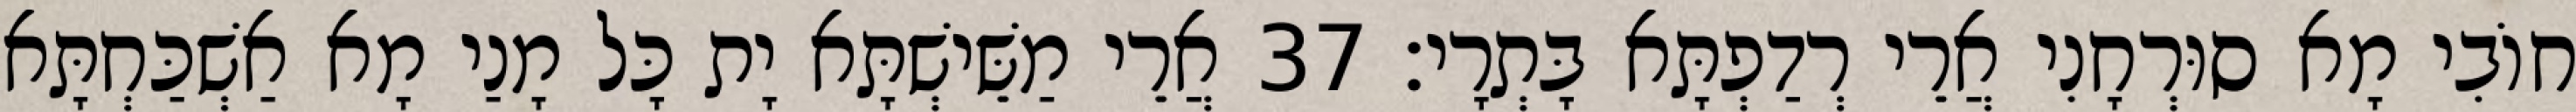
חוֹבִי מָא סוּרְחָנִי אֲרֵי רְדַפְתָּא בָּתְרָי׃ 37 אֲרֵי מַשֵּׁישְׁתָּא יָת כָּל מָנַי מָא אַשְׁכַּחְתָּא